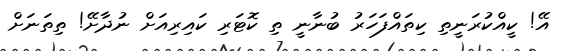
އޭ! ކީއްކުރަނީތި ކިތައްފަހަރު ބުނާނީ ތި ކޮޓަރި ކައިރިއަށް ނުދާށޭ! ތިތަނަށް